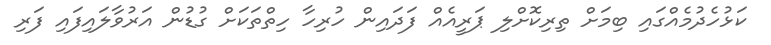
ކަޅުހެދުމެއްގައި ބިމަށް ތިރިކޮށްލި ޕަރީއެއް ފަދައިން ހުރިހާ ހިތްތަކަށް ގުޑުން އަރުވާލައިފައި ފަރި